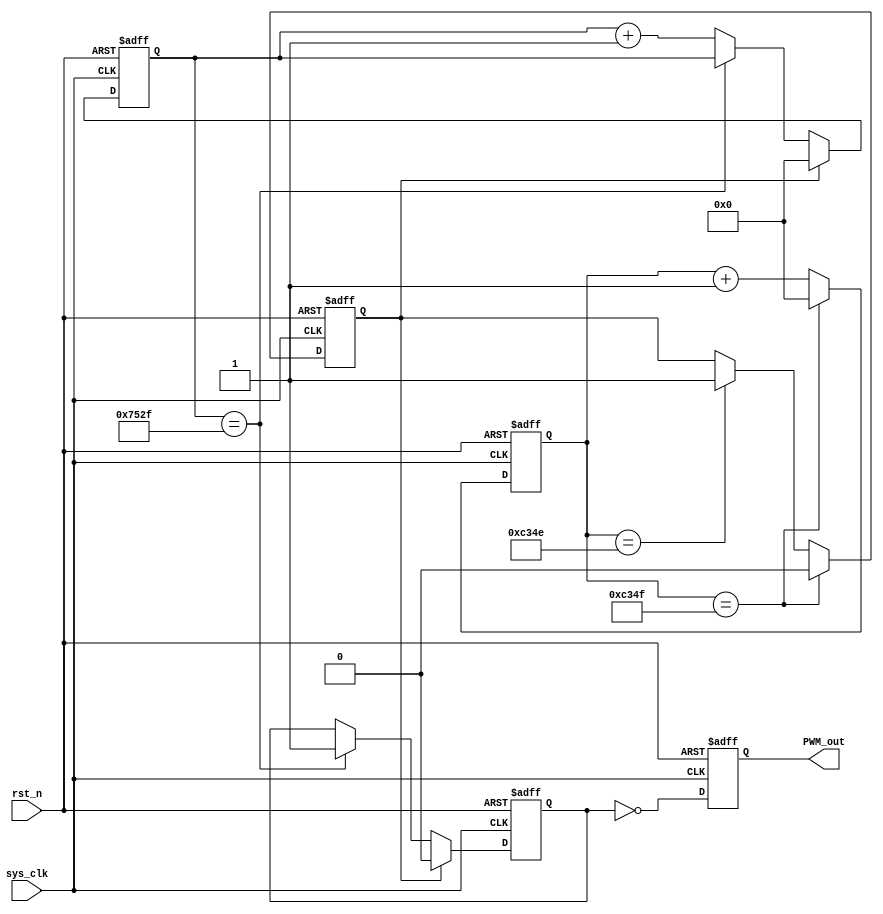
module PWM 
#(
    parameter freq = 12'd1000,      // 4096Hz
    parameter duty_cycle = 7'd60    //6060%,  128
 )
(
    input wire sys_clk, 
    input wire rst_n,     // 
    output reg PWM_out               
);  

    parameter end_overflow_val = 26'd 50_000_000 / freq;                   //
    parameter dwn_overflow_val = end_overflow_val * duty_cycle / 7'd100;   //
    
    reg [25:0] end_cnt_val;
    reg [25:0] dwn_cnt_val;
    reg end_flag, dwn_flag;
    
    
    always @(posedge sys_clk, negedge rst_n) begin
        if(rst_n == 1'b0) begin
            end_cnt_val <= 26'd0;
            end_flag <= 1'd0;
            end
        else begin
            if(end_cnt_val == end_overflow_val - 26'd2) 
                end_flag <= 1'd1;
            if(end_cnt_val == end_overflow_val - 26'd1) begin
                end_cnt_val <= 26'd0;
                end_flag <= 1'd0;
                end
            else 
                end_cnt_val <= end_cnt_val + 26'd1;
        end
    end

       
    always @(posedge sys_clk, negedge rst_n) begin
        if(rst_n == 1'b0) begin
            dwn_cnt_val <= 26'd0;
            dwn_flag <= 1'b0;
            end
        else begin
            if(end_flag == 1'b1) begin
                dwn_cnt_val <= 26'd0;
                dwn_flag <= 1'b0;
            end
            else if(dwn_cnt_val == dwn_overflow_val - 26'd1) 
                dwn_flag <= 1'b1;
            else begin
                dwn_cnt_val <= dwn_cnt_val + 26'd1;
            end
        end
    end
    
    
    always @(posedge sys_clk, negedge rst_n) begin
        if(rst_n == 1'b0) 
            PWM_out <= 1'b0;
        else
            PWM_out <= ~dwn_flag;
        /*else if(dwn_flag == 1'b0)
            PWM_out <= 1'b1;
        else if(dwn_flag == 1'b1)    
            PWM_out <= 1'b0;
        else
            PWM_out <= PWM_out;*/
    end
    
endmodule